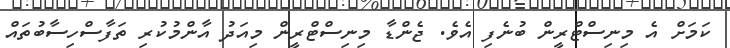
ކަމަށް އެ މިނިސްޓްރީން ބުނެފި އެވެ. ޖެންޑާ މިނިސްޓްރީން މިއަދު އާންމުކުރި ތަފާސްހިސާބުތައް